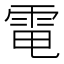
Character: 電